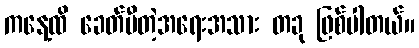
ကနေ့ထိ ခေတ်မီတဲ့အရေးအသား တခု ဖြစ်ပါတယ်။